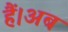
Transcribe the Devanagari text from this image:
हैं।अब